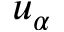
u _ { \alpha }